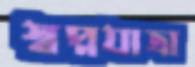
স্বপ্নযাত্রা